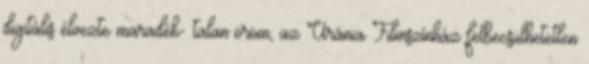
digitális élvezte maradék- talan öröm, az Uránia Filmszínház felbecsülhetetlen